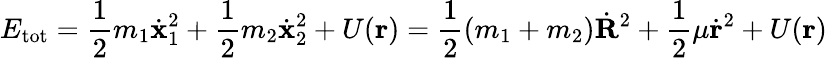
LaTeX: E_{\mathrm{tot}}={\frac{1}{2}}m_{1}{\dot{\mathbf{x}}}_{1}^{2}+{\frac{1}{2}}m_{2}{\dot{\mathbf{x}}}_{2}^{2}+U(\mathbf{r})={\frac{1}{2}}(m_{1}+m_{2}){\dot{\mathbf{R}}}^{2}+{\frac{1}{2}}\mu{\dot{\mathbf{r}}}^{2}+U(\mathbf{r})